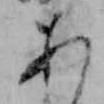
あ